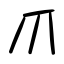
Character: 爪